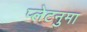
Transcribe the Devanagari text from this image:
प्‍लेटनुमा